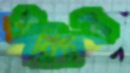
পরিচয়